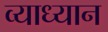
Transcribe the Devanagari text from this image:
व्याध्यान